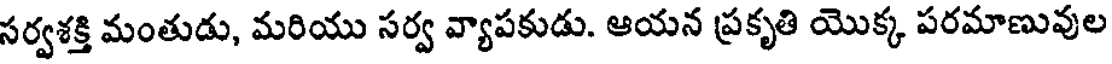
సర్వశక్తి మంతుడు, మరియు సర్వ వ్యాపకుడు. ఆయన ప్రకృతి యొక్క పరమాణువుల